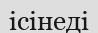
ісінеді